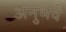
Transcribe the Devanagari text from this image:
अनुभवे